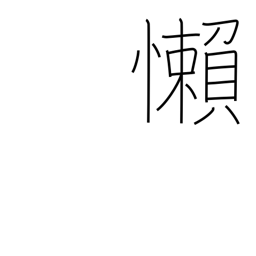
Meaning: be negligent